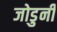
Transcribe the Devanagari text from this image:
जोडुनी